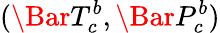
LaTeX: (\Bar{T}_{c}^{b},\Bar{P}_{c}^{b})